system: You are a helpful assistant.
user:
Analyze the provided spectrum to determine if it is a **Carbon Star (C-type)**.

- **Key Visual Indicators of Carbon Star:**
    - **(Primary):** Strong molecular absorption from **C₂ (diatomic carbon) "Swan Bands."** This is the **defining feature** of a carbon star.
        - **(Key Bandheads):** Sharp absorption edges are visible at approximately $5635$ Å, $5165$ Å (the strongest band), and $4737$ Å.
        - **(Line Profile):** Creates a distinct **"saw-tooth"** pattern. The key morphology is a sharp, steep bandhead on the **red (long-wavelength) side**, which then gradually tapers off (i.e., flux recovers) towards the **blue (short-wavelength) side**. *(This is the direct opposite of the TiO bands seen in M-type stars)*.

    - **(Secondary):** Intense **CN (cyanogen)** molecular absorption bands.
        - **(Key Bandheads):** Located in the blue and violet regions of the spectrum (e.g., near $4215$ Å and $3883$ Å).
        - **(Morphology):** These bands are extremely broad and act as a "blanket," absorbing the vast majority of blue and violet light. This creates a characteristic **"cliff"** or **"steep drop-off"** in the spectrum's flux at short wavelengths.

    - **(Key Confirmation):** Strong **CH absorption band (G-band)**.
        - **(Key Bandhead):** Located around $4300$ Å. The contribution from CH molecules to this band is exceptionally strong.

    - **(Overall Spectrum):**
        - The continuum is severely "chopped up" by these deep molecular bands, especially C₂, rather than appearing as a smooth curve.
        - Due to the heavy CN and C₂ absorption in the blue-green, the vast majority of the star's flux is concentrated in the red part of the spectrum, giving the star its characteristic deep red color.

Think first, call **spectral_visualization_tool** if needed to examine features in detail, then provide your final answer. Your response must adhere to the following strict rules:
1.  **Overall Structure:** Your response must follow the format `<think>...</think> <tool_call>...</tool_call> (if a tool is used) <answer>...</answer>`.
2.  **Tool Usage Constraint:** You may only make **one** tool call per turn.
3.  **Final Answer Format:** In the `<answer>` tag, your conclusion must be inside a `\boxed{}` command (e.g., `\boxed{YES}`), followed by your justification.

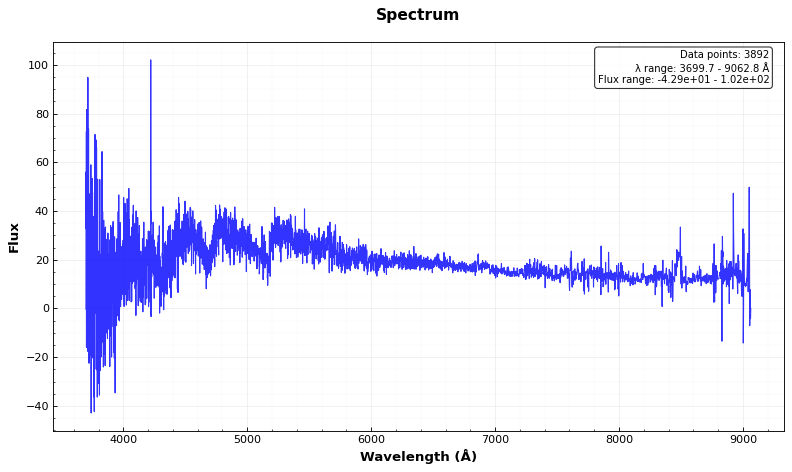
Answer: YES